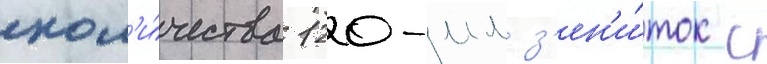
кол'и́чества 120-мм з'ен'и́ток с